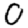
Digit: 0